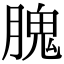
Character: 𦞙